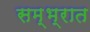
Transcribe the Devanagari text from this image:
सम्भ्रात